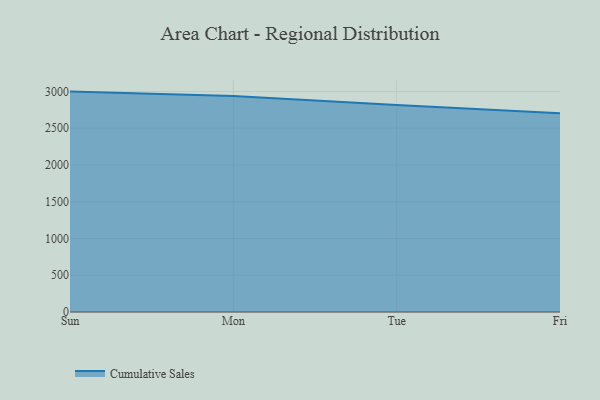
{"axis": {"x": "Day", "y": "Humidity (%)"}, "legend": ["Cumulative Sales"], "data": [{"x": "Sun", "y": 2998.7, "type": "Cumulative Sales"}, {"x": "Mon", "y": 2937.9, "type": "Cumulative Sales"}, {"x": "Tue", "y": 2817.7, "type": "Cumulative Sales"}, {"x": "Fri", "y": 2702.9, "type": "Cumulative Sales"}]}